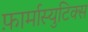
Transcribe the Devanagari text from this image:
फ़ार्मास्युटिक्स